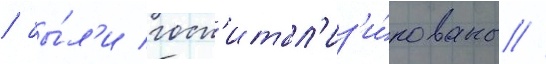
/ бы́л'и госп'итал'из'и́рованы //